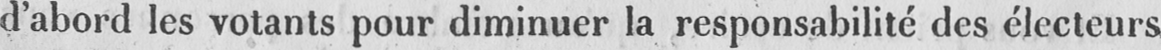
d’abord les votants pour diminuer la responsabilité des électeurs